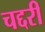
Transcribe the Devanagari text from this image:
चद्दरी